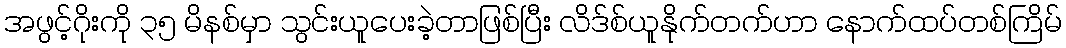
အဖွင့်ဂိုးကို ၃၅ မိနစ်မှာ သွင်းယူပေးခဲ့တာဖြစ်ပြီး လိဒ်စ်ယူနိုက်တက်ဟာ နောက်ထပ်တစ်ကြိမ်